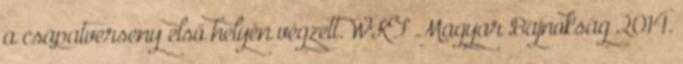
a csapatverseny első helyén végzett. WKF Magyar Bajnokság 2014.